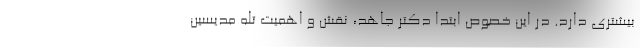
بیشتری دارد. در این خصوص ابتدا دکتر جاهد، نقش و اهمیت تله مدیسین